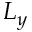
L _ { y }